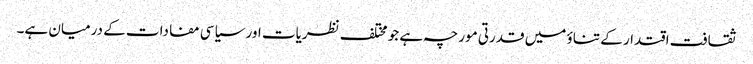
ثقافت اقتدار کے تناؤ میں قدرتی مورچہ ہے جو مختلف نظریات اور سیاسی مفادات کے درمیان ہے۔